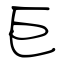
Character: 巨